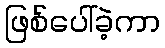
ဖြစ်ပေါ်ခဲ့ကာ